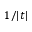
1 / | t |